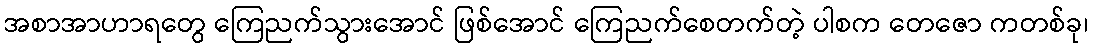
အစာအာဟာရတွေ ကြေညက်သွားအောင် ဖြစ်အောင် ကြေညက်စေတက်တဲ့ ပါစက တေဇော ကတစ်ခု၊